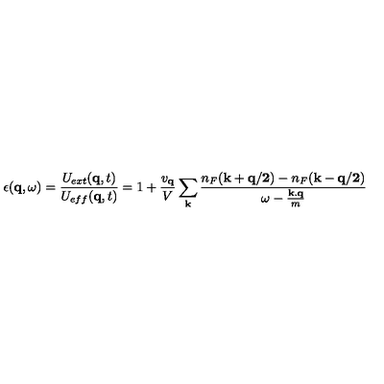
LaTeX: \epsilon ( { \bf { q } } , \omega ) = \frac { U _ { e x t } ( { \bf { q } } , t ) } { U _ { e f f } ( { \bf { q } } , t ) } = 1 + \frac { v _ { { \bf { q } } } } { V } \sum _ { { \bf { k } } } \frac { n _ { F } ( { \bf { k + q / 2 } } ) - n _ { F } ( { \bf { k - q / 2 } } ) } { \omega - \frac { { \bf { k . q } } } { m } }